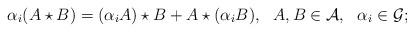
LaTeX: \begin{align*}\alpha _i(A\star B)=(\alpha _iA)\star B+A\star (\alpha _i B),~~A,B \in {\cal A},~~\alpha _i\in {\cal G};\end{align*}